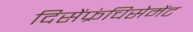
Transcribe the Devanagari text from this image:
दिसेंफ्रंचिसेमेंट